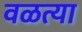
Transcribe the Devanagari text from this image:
वळत्या